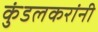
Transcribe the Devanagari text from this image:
कुंडलकरांनी